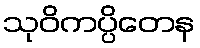
သုဝိကပ္ပိတေန